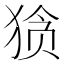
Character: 𰡘